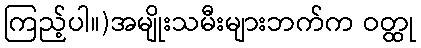
ကြည့်ပါ။)အမျိုးသမီးများဘက်က ဝတ္ထု